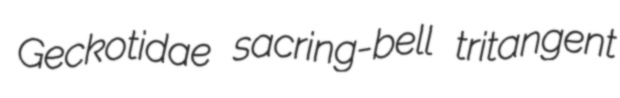
Geckotidae sacring-bell tritangent